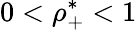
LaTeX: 0<\rho_{+}^{*}<1